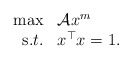
\begin{align*}\begin{array}{rl}\max&\mathcal{A} x^m\\{\mbox s.t.}& x^\top x=1. \end{array}\end{align*}